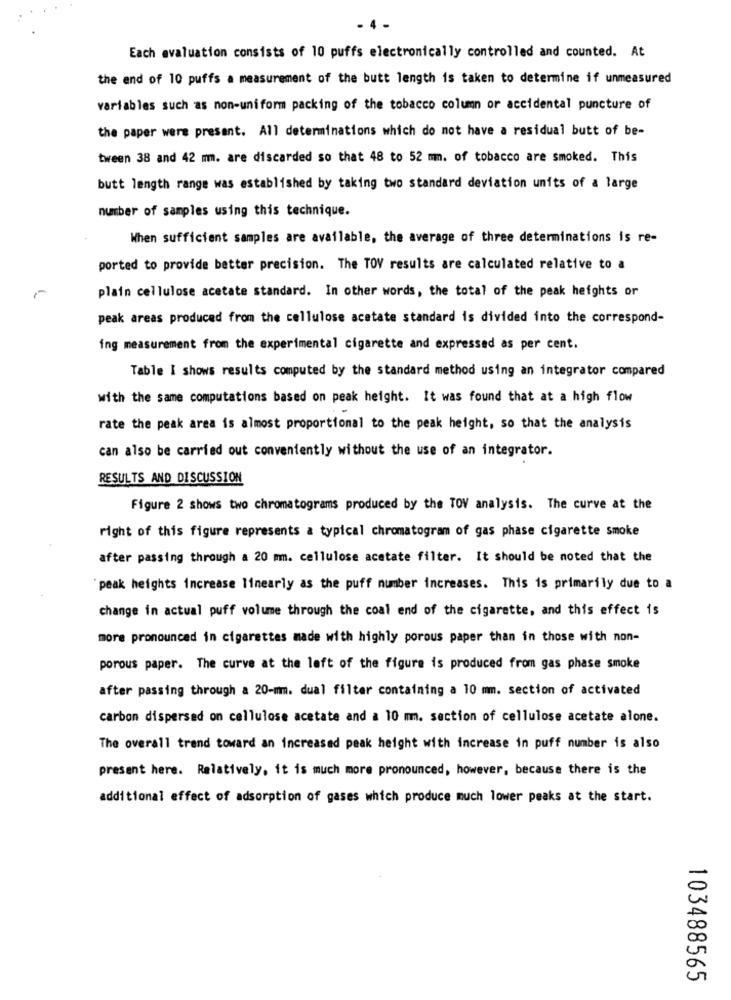
- 4-
Each evaluation consists of 10 puffs electronically controlled and counted. At
the end of 10 puffs a measurement of the butt length is taken to determine if unmeasured
variables such as non-uniform packing of the tobacco column or accidental puncture of
the paper were present. All determinations which do not have a residual butt of be-
tween 38 and 42 mm. are discarded so that 48 to 52 mm. of tobacco are smoked. This
butt length range was established by taking two standard deviation units of a large
number of samples using this technique.
When sufficient samples are available, the average of three determinations is re-
ported to provide better precision. The TOV results are calculated relative to a
plain cellulose acetate standard. In other words, the total of the peak heights or
peak areas produced from the cellulose acetate standard is divided into the correspond-
ing measurement from the experimental cigarette and expressed as per cent.
Table I shows results computed by the standard method using an integrator compared
with the same computations based on peak height. It was found that at a high flow
rate the peak area is almost proportional to the peak height, so that the analysis
can also be carried out conveniently without the use of an integrator.
RESULTS AND DISCUSSION
Figure 2 shows two chromatograms produced by the TOV analysis. The curve at the
right of this figure represents a typical chromatogram of gas phase cigarette smoke
after passing through a 20 mm. cellulose acetate filter. It should be noted that the
peak heights increase linearly as the puff number increases. This is primarily due to a
change in actual puff volume through the coal end of the cigarette, and this effect is
more pronounced in cigarettes made with highly porous paper than in those with non-
porous paper. The curve at the left of the figure is produced from gas phase smoke
after passing through a 20-mm. dual filter containing a 10 mm. section of activated
carbon dispersed on cellulose acetate and a 10 mm. section of cellulose acetate alone.
The overall trend toward an increased peak height with increase in puff number is also
present here. Relatively, it is much more pronounced, however, because there is the
additional effect of adsorption of gases which produce much lower peaks at the start.
103488565